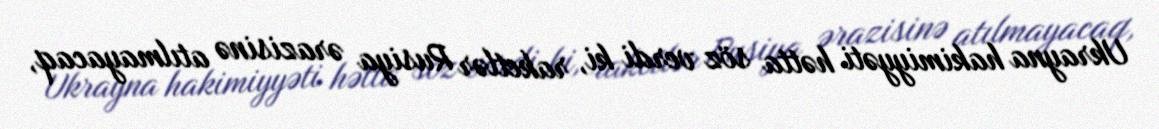
Ukrayna hakimiyyəti hətta söz verdi ki, raketlər Rusiya ərazisinə atılmayacaq,